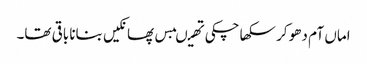
اماں آم دھو کر سکھا چکی تھیںبس پھانکیں بنانا باقی تھا۔